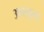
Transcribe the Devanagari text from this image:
अपलून्य